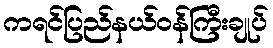
ကရင်ပြည်နယ်ဝန်ကြီးချုပ်